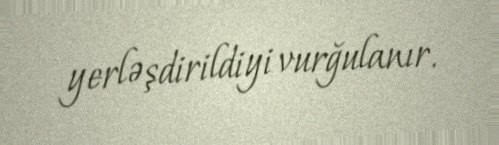
yerləşdirildiyi vurğulanır.